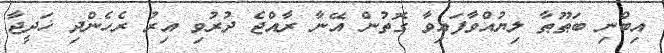
އިބްނި ބަޠޫޠާ ލިޔުއްވާފައިވާ ގޮތުން އޭނާ ރާއްޖެ ދުރުވި އިރު ރެހެންދި ޚަދީޖާ